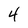
Character: 4